Notes on the propagation and cultivation of the medicinal cinchonas, or Peruvian bark trees
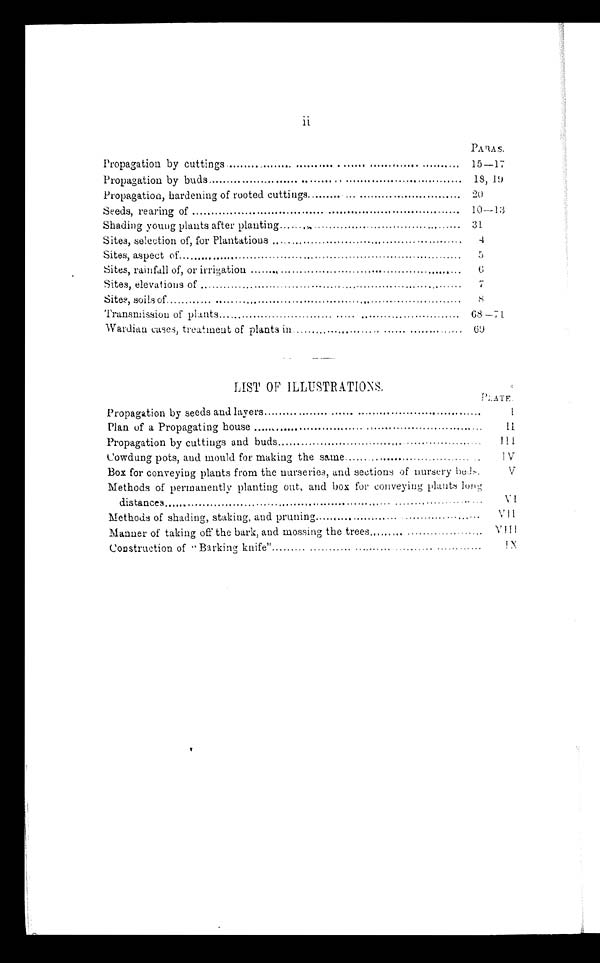
ii
PARAS.
Propagation by cuttings
15-17
Propagation by buds
18, 19
Propagation, hardening of rooted cuttings
20
Seeds, rearing of
10-13
Shading young plants after planting
31
Sites, selection of, for Plantations
4
Sites, aspect of
5
Sites, rainfall of, or irrigation
6
Sites, elevations of
7
Sites, soils of
8
Transmission of plants
68-71
Wardian cases, treatment of plants in
LIST OF ILLUSTRATIONS.
P L A T E .
Propagation by seeds and layers
I
Plan of a Propagating house
I I
Propagation by cuttings and buds
I I I
Cowdung pots, and mould for making the same
I V
Box for conveying plants from the nurseries, and sections of nursery bets.
V
Methods of permanently planting out, and box for conveying plants l ong
distances
VI
Methods of shading, staking, and pruning
VII
Manner of taking off the bark, and mossing the trees
VIII
Construction of "Barking, knife"
I X